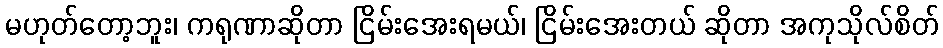
မဟုတ်တော့ဘူး၊ ကရုဏာဆိုတာ ငြိမ်းအေးရမယ်၊ ငြိမ်းအေးတယ် ဆိုတာ အကုသိုလ်စိတ်